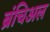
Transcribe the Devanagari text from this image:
ब्रंचिअल